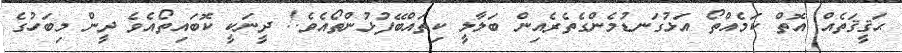
ޙަޤީޤަތެއް އޮތް ކަމެއްތޯ އަޅުގަނޑުމެންގެތެރެއިން ބަލާލީ ކިތައްބޭފުޅުންތޯއެވެ.! ދީނަކީ ކޮބައިތޯއެވެ ދީން މިބަހުގެ